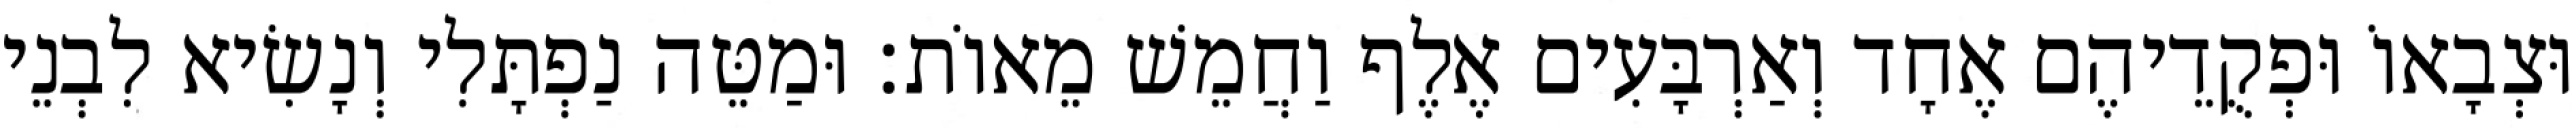
וּצְבָאוֹ וּפְקֻדֵיהֶם אֶחָד וְאַרְבָּעִים אֶלֶף וַחֲמֵשׁ מֵאוֹת׃ וּמַטֵּה נַפְתָּלִי וְנָשִׂיא לִבְנֵי